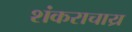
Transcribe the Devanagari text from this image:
शंकराचाय्र